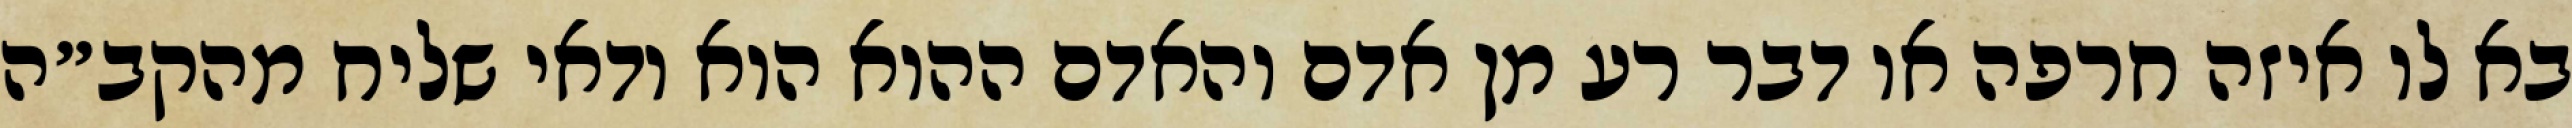
בא לו איזה חרפה או דבר רע מן אדם והאדם ההוא הוא ודאי שליח מהקב״ה